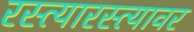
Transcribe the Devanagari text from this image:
रस्त्यारस्त्यावर